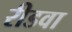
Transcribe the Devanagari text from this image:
रीडवा